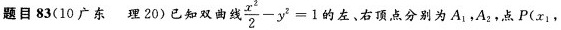
题目83(10广东理20)已知双曲线 $$\frac { x ^ { 2 } } { 2 } - y ^ { 2 } = 1$$的左，右顶点分别为A_{1}，A_{2}，点P(x_{1}，